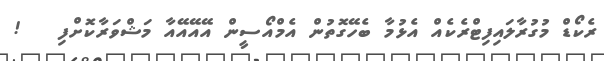
ރެކޯޑް މުގުރާލައިފިޓްރެކެއް އެޅުމާ ބެހޭގޮތުން އެމްއޯސީން އޭއޭއޭއާ މަޝްވަރާކޮށްފި   !